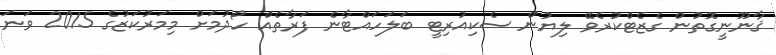
ޤާނޫނީގޮތުން ގެޒެޓްކުރެވޭ ލިޔުން ސެކިއުރިޓީ ބަލަހައްޓާނެ ފަރާތެއް ހޯދުމަށް މިމަރުކަޒުގެ 2015 ވަނަ